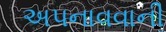
અપનાવવાની